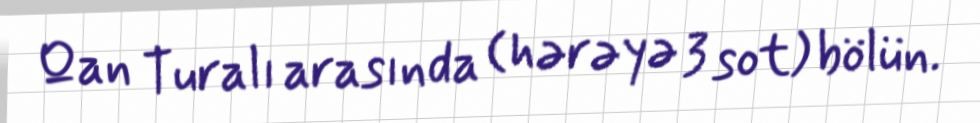
Qan Turalı arasında (hərəyə 3 sot) bölün.